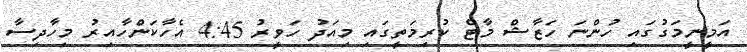
އަމީނީމަގުގައި ހުންނަ ހަޒާޝް މާޓް ކުރިމަތީގައި މިއަދު ހަވީރު 4:45 އެހާކަންހާއިރު މިހާދިސާ